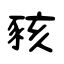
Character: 豥